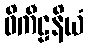
ဝိကီဠနိယံ